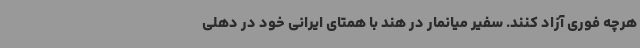
هرچه فوری آزاد کنند. سفیر میانمار در هند با همتای ایرانی خود در دهلی